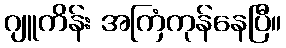
ဂျူကိန်း အကြံကုန်နေပြီ။